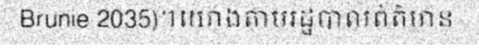
Brunie 2035)។យោងតាមរដ្ឋបាលព័ត៌មាន